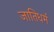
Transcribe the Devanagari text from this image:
जातिधर्म